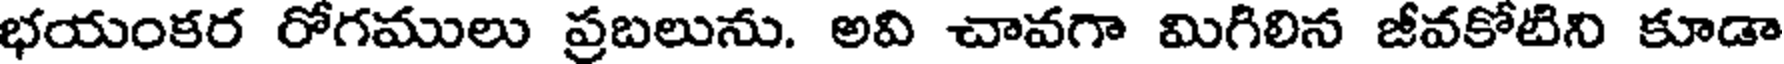
భయంకర రోగములు ప్రబలును. అవి చావగా మిగిలిన జీవకోటిని కూడా